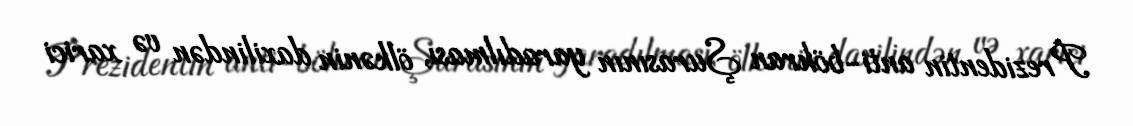
Prezidentin anti-böhran Şurasının yaradılması, ölkənin daxilindən və xarici